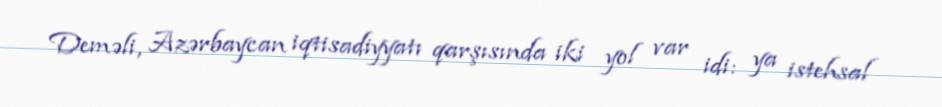
Deməli, Azərbaycan iqtisadiyyatı qarşısında iki yol var idi: ya istehsal